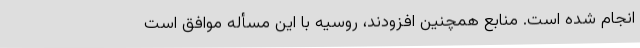
انجام شده است‌. منابع همچنین افزودند، روسیه با این مسأله موافق است